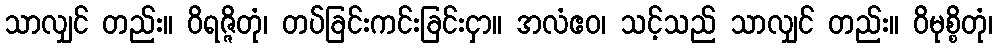
သာလျှင် တည်း။ ဝိရဇ္ဇိတုံ၊ တပ်ခြင်းကင်းခြင်းငှာ။ အလံဧဝ၊ သင့်သည် သာလျှင် တည်း။ ဝိမုစ္စိတုံ၊